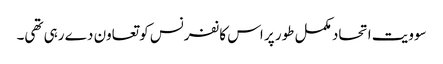
سوویت اتحاد مکمل طور پر اس کانفرنس کو تعاون دے رہی تھی۔